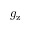
g _ { \mathrm { z } }